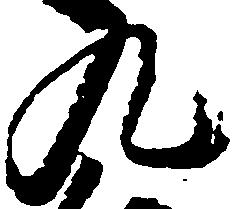
九